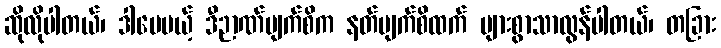
ဆိုလိုပါတယ်၊ ဒါပေမယ့် ဒီဉာဏ်မျက်စိက နတ်မျက်စိထက် များစွာသာလွန်ပါတယ်၊ တခြား